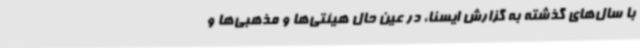
با سال‌های گذشته به گزارش ایسنا، در عین حال هیئتی‌ها و مذهبی‌ها و